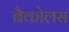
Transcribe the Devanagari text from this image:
बैकोलस